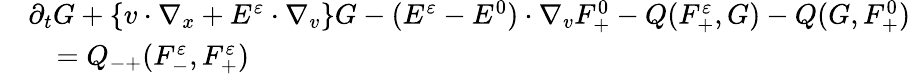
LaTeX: \begin{array}{rl}&{\partial_{t}G+\{ v\cdot\nabla_{x}+E^{\varepsilon}\cdot\nabla_{v}\} G-(E^{\varepsilon}-E^{0})\cdot\nabla_{v}F_{+}^{0}-Q(F_{+}^{\varepsilon},G)-Q(G,F_{+}^{0})}\\ &{\quad=Q_{-+}(F_{-}^{\varepsilon},F_{+}^{\varepsilon})}\end{array}